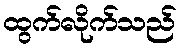
ထွက်လိုက်သည်